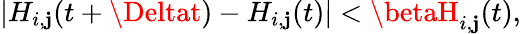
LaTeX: |H_{i,\mathbf{j}}(t+\Deltat)-H_{i,\mathbf{j}}(t)|<\betaH_{i,\mathbf{j}}(t),